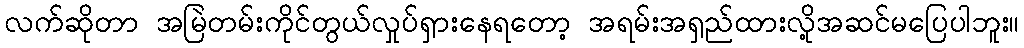
လက်ဆိုတာ အမြဲတမ်းကိုင်တွယ်လှုပ်ရှားနေရတော့ အရမ်းအရှည်ထားလို့အဆင်မပြေပါဘူး။